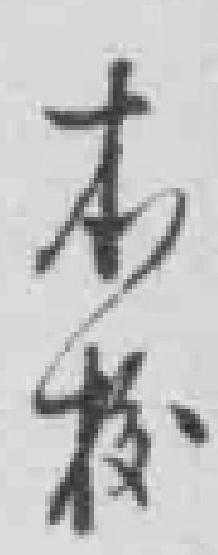
本校